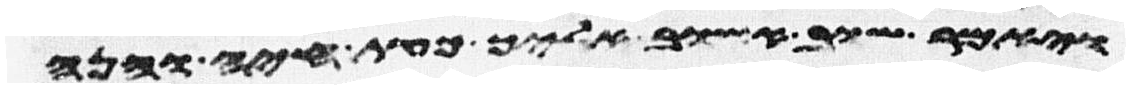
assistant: ויאמר שוב אשוב אליך כעת חיה והנה